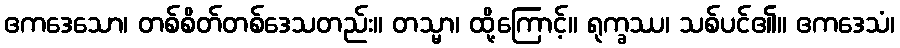
ဧကဒေသော၊ တစ်စိတ်တစ်ဒေသတည်း။ တသ္မာ၊ ထို့ကြောင့်။ ရုက္ခဿ၊ သစ်ပင်၏။ ဧကဒေသံ၊